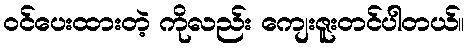
ဝင်ပေးထားတဲ့ ကိုလည်း ကျေးဇူးတင်ပါတယ်။